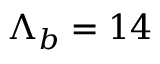
{ \Lambda } _ { b } = 1 4